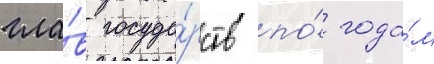
гла́в госуда́рств по́ года́м